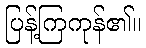
ပြန့်ကြကုန်၏။